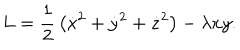
L = \frac { 1 } { 2 } \, \left( \dot { x } ^ { 2 } + \dot { y } ^ { 2 } + \dot { z } ^ { 2 } \right) - \lambda x y .